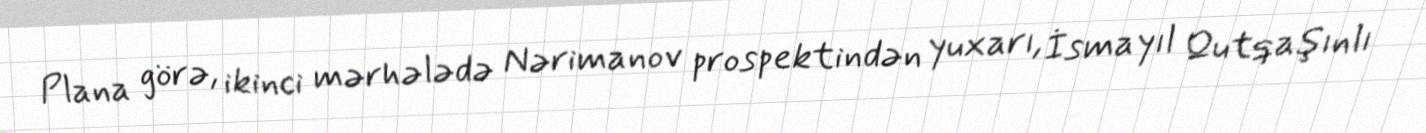
Plana görə, ikinci mərhələdə Nərimanov prospektindən yuxarı, İsmayıl Qutqaşınlı